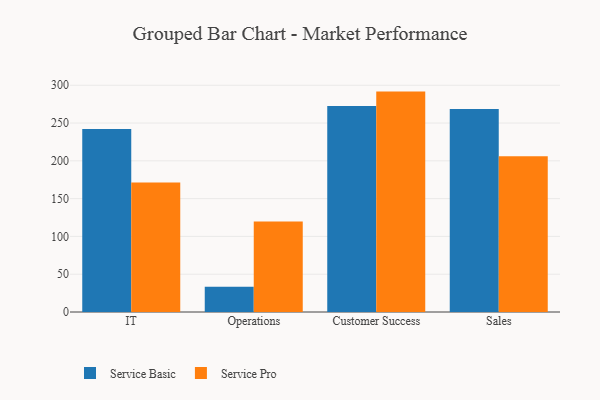
{"axis": {"x": "Department", "y": "Customer Acquisition Cost (USD)"}, "legend": ["Service Basic", "Service Pro"], "data": [{"x": "IT", "y": 242.0, "type": "Service Basic"}, {"x": "IT", "y": 171.2, "type": "Service Pro"}, {"x": "Operations", "y": 33.5, "type": "Service Basic"}, {"x": "Operations", "y": 119.9, "type": "Service Pro"}, {"x": "Customer Success", "y": 272.5, "type": "Service Basic"}, {"x": "Customer Success", "y": 291.6, "type": "Service Pro"}, {"x": "Sales", "y": 268.7, "type": "Service Basic"}, {"x": "Sales", "y": 206.2, "type": "Service Pro"}]}